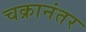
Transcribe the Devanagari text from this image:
चक्रानंतर